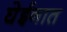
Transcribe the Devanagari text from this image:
घेईनात